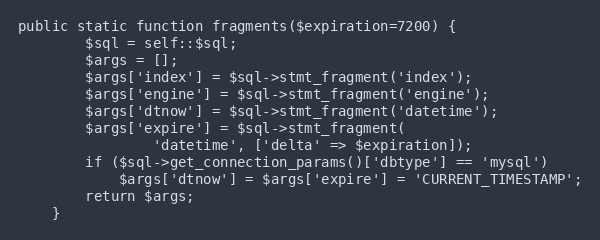
Language: PHP
public static function fragments($expiration=7200) {
		$sql = self::$sql;
		$args = [];
		$args['index'] = $sql->stmt_fragment('index');
		$args['engine'] = $sql->stmt_fragment('engine');
		$args['dtnow'] = $sql->stmt_fragment('datetime');
		$args['expire'] = $sql->stmt_fragment(
				'datetime', ['delta' => $expiration]);
		if ($sql->get_connection_params()['dbtype'] == 'mysql')
			$args['dtnow'] = $args['expire'] = 'CURRENT_TIMESTAMP';
		return $args;
	}